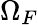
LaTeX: \Omega_{F}